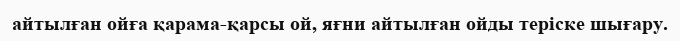
айтылған ойға қарама-қарсы ой, яғни айтылған ойды теріске шығару.